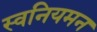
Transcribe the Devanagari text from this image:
स्वनियमन